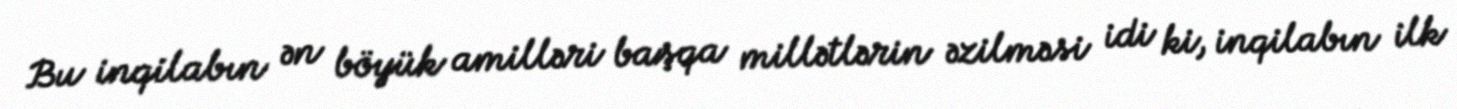
Bu inqilabın ən böyük amilləri başqa millətlərin əzilməsi idi ki, inqilabın ilk